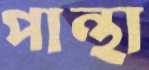
পান্থা